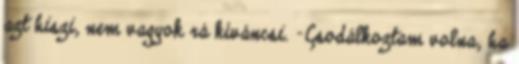
azt hiszi, nem vagyok rá kíváncsi. -Csodálkoztam volna, ha